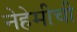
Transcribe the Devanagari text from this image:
नेहेमीची